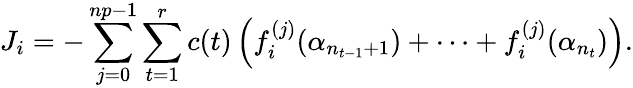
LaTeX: J_{i}=-\sum_{j=0}^{np-1}\sum_{t=1}^{r}c(t)\left(f_{i}^{(j)}(\alpha_{n_{t-1}+1})+\cdots+f_{i}^{(j)}(\alpha_{n_{t}})\right).